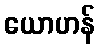
ယောဟန်